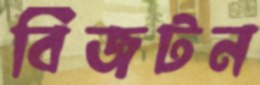
বিজটন